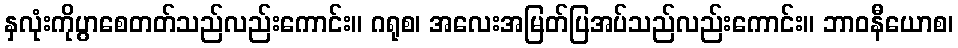
နှလုံးကိုပွာစေတတ်သည်လည်းကောင်း။ ဂရုစ၊ အလေးအမြတ်ပြအပ်သည်လည်းကောင်း။ ဘာဝနီယောစ၊